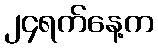
၂၄ရက်နေ့က